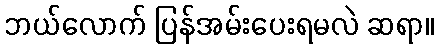
ဘယ်လောက် ပြန်အမ်းပေးရမလဲ ဆရာ။